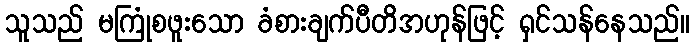
သူသည် မကြုံစဖူးသော ခံစားချက်ပီတိအဟုန်ဖြင့် ရှင်သန်နေသည်။